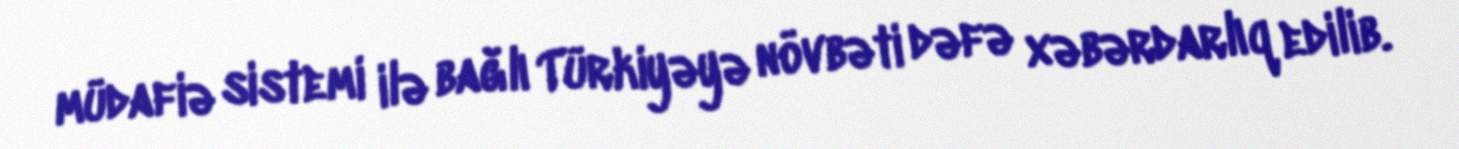
müdafiə sistemi ilə bağlı Türkiyəyə növbəti dəfə xəbərdarlıq edilib.